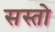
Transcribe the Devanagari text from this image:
सस्तो